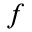
f